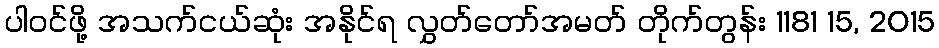
ပါဝင်ဖို့ အသက်ငယ်ဆုံး အနိုင်ရ လွှတ်တော်အမတ် တိုက်တွန်း 1181 15, 2015